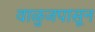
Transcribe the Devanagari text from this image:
वाळुजपासून